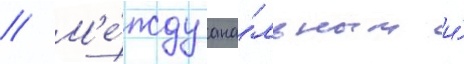
// М'е́жду ана́льным и́